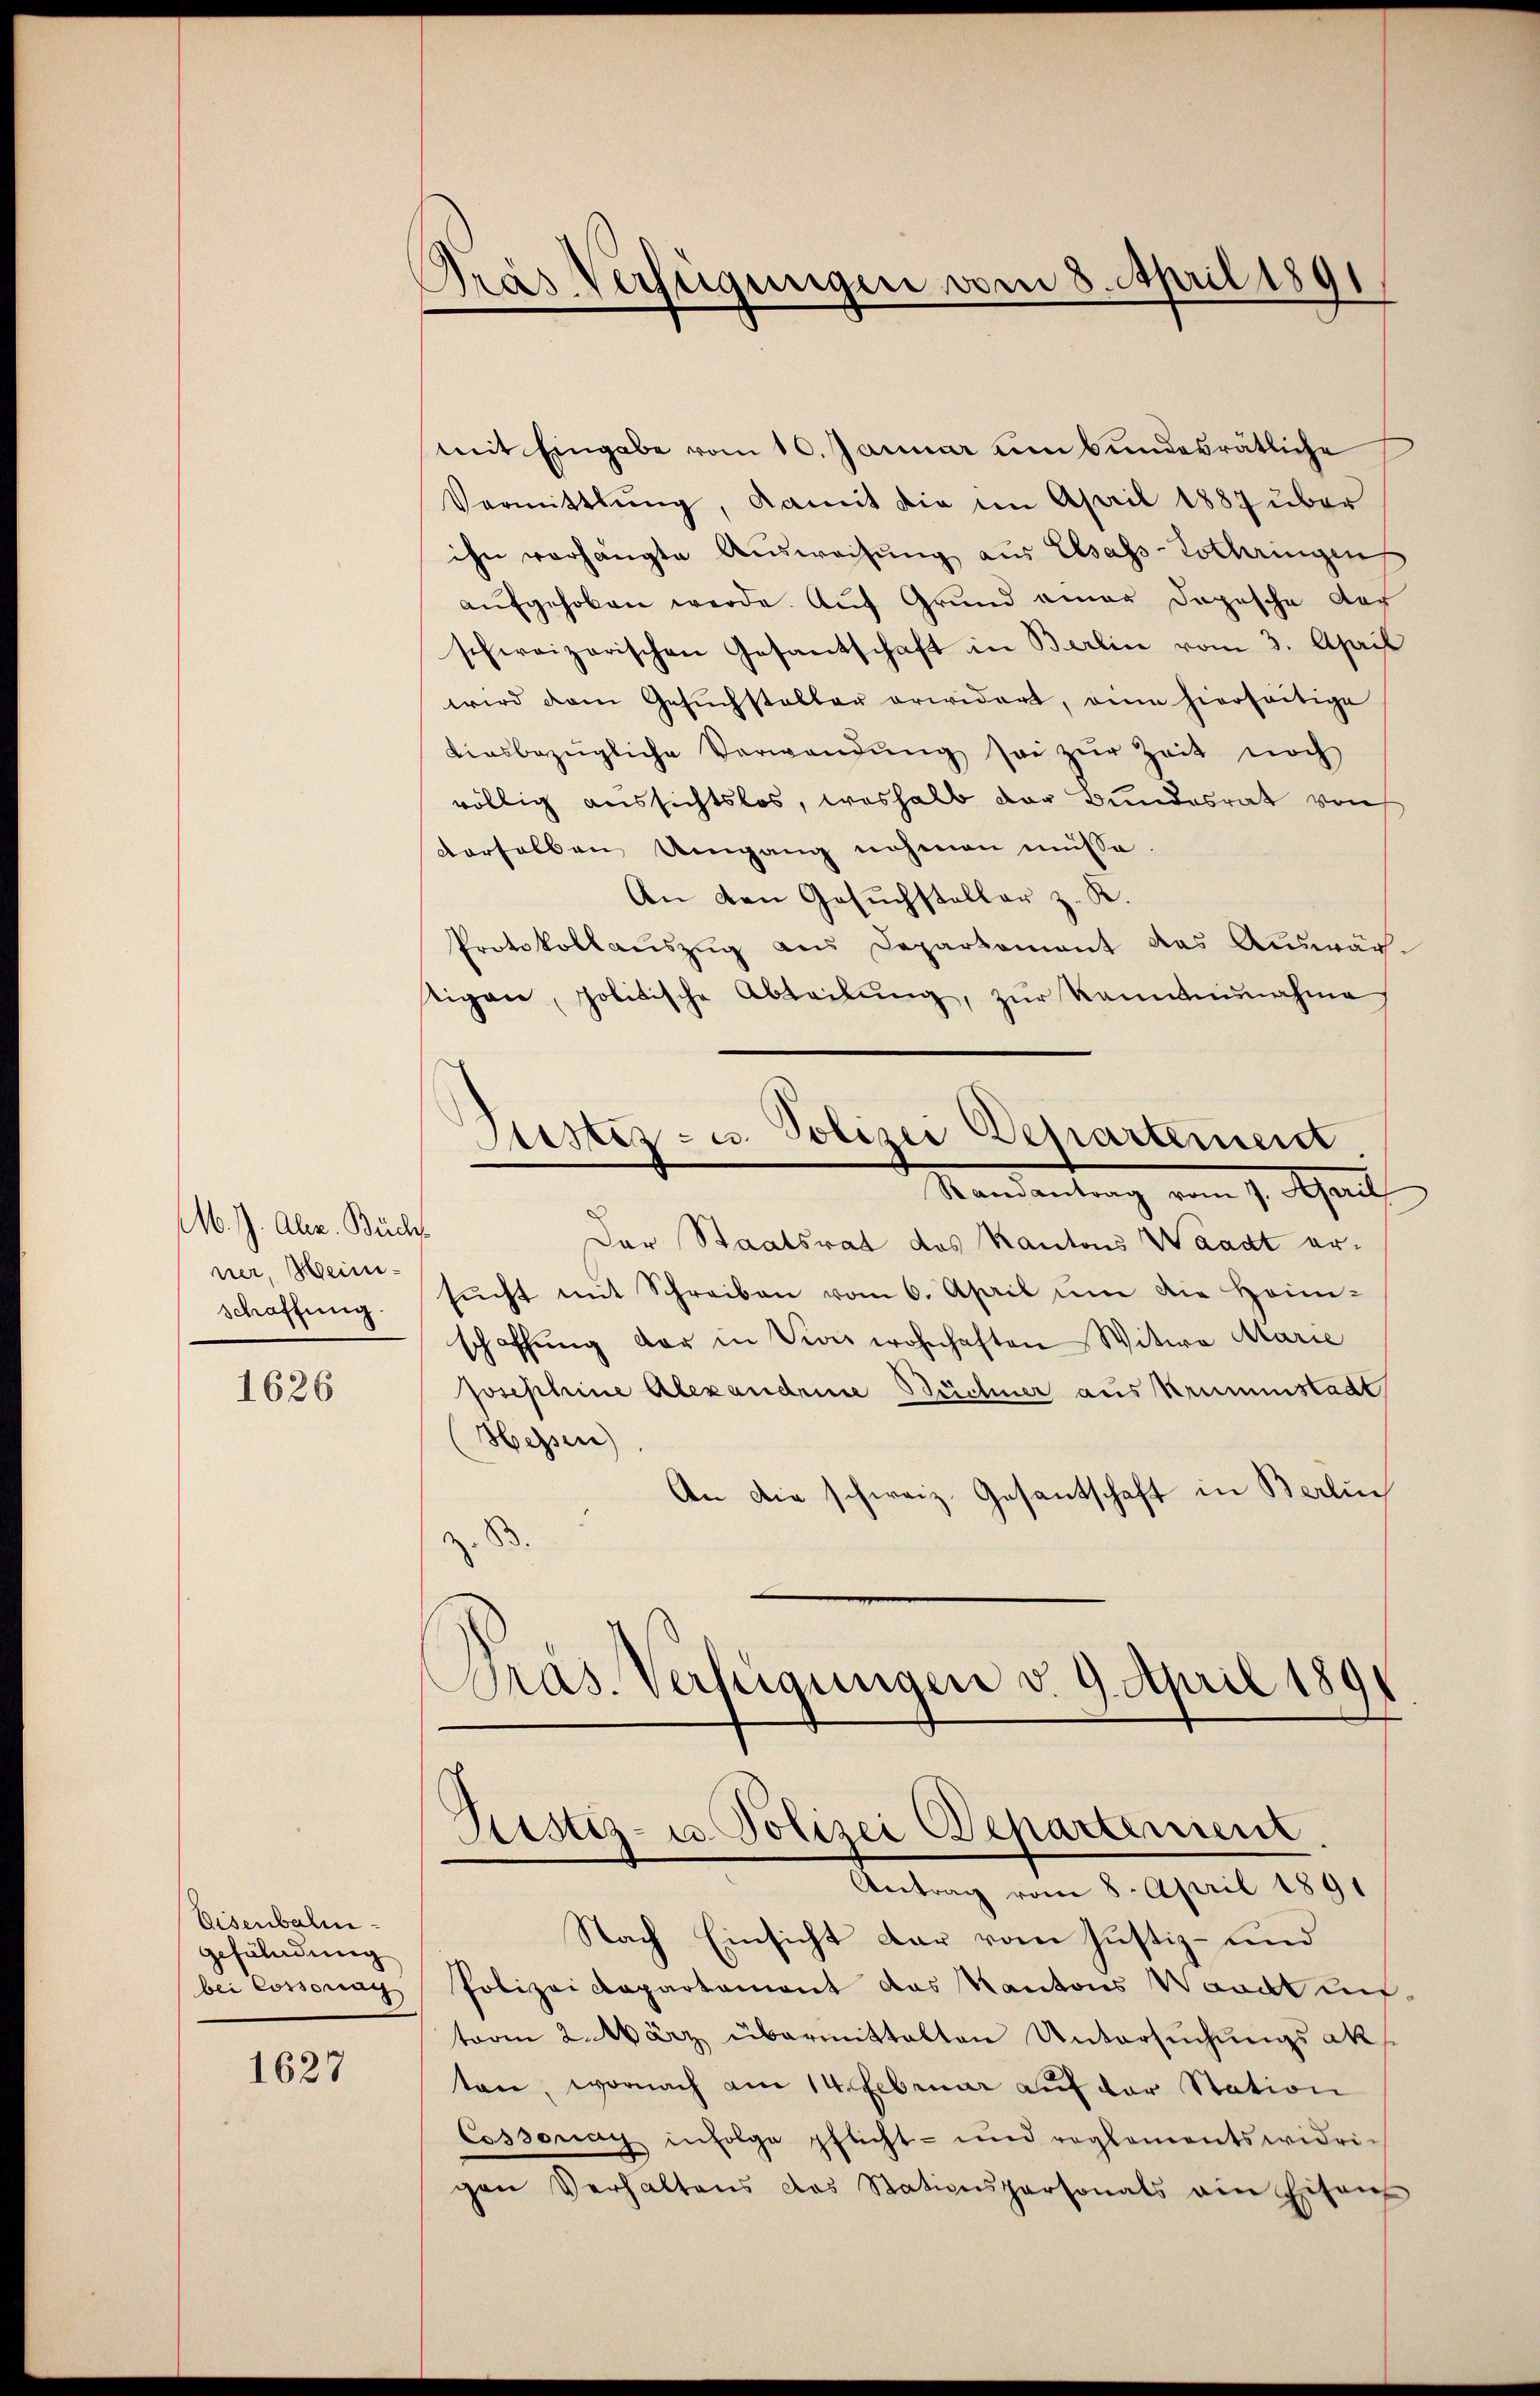
M. J. Alz. Buch.
ner, Heinischaffung.

1626

Eisenbahn
gefölndung
bei Cossonag

1627

Pras Verfügungen vom 8. April 1891

mit Eingabe vom 10. Januar um Bundesrätliche
Vermittlung, damit die im April 1887 über
ihn vorhängte Ausweisung aus Elsass-Lothringen
aŭfgehoben werde. Aŭf Grŭnd einer Depesche der
schweizerischen Gesantschaft in Berlin vom 3. April
wird dem Gesŭchsteller erwidert, anne hierseitige
diesbezügliche Verwandŭng sei zŭr Zeit noch
völlig aussichtslos, weshalb der Bundesrat von
derselben Umgang nehmen müsse
An den Gesŭchsteller z. K.
Protokollauszug aus Departement das Auswärtigen, politische Abteilŭng, zŭr kanntnunahme
Justiz- u. Polizei Departement
Ramantrag vom 7. April
Der Staatsrat des Kantons Waadt ersŭcht mit Schreiben vom 6. April um die Heim-
schaffŭng der in Vion wohnhaften Witwe Marie
Josephine Alexandrine Büchner aus Krummstadt
Hessen)
An die schweiz. Gesantschaft in Berlin
S
Präs. Verfügungen v. 9. April 189
d

Ristiz- u. Polizei Departement

Antrag vom 8. April 1891
Nach Einsicht dar vom Justiz- und
Polizei Kapartament das Kantons Waadt untaren 2. März übermittalten Untersŭchŭngsak
ten, wornach am 14. Februar auf der Station
Cossonay infolge pflicht- und reglementswidrigen Verhaltens das Stationspersonals am Eisen